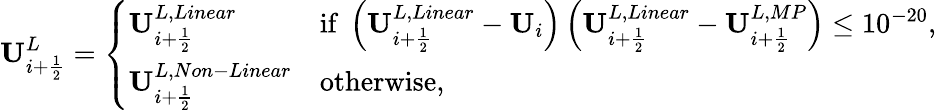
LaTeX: \mathbf{U}_{i+\frac{1}{2}}^{L}=\left\{ \begin{array}{ll}{\mathbf{U}_{i+\frac{1}{2}}^{L,Linear}}&{\mathrm{if~}\left(\mathbf{U}_{i+\frac{1}{2}}^{L,Linear}-\mathbf{U}_{i}\right)\left(\mathbf{U}_{i+\frac{1}{2}}^{L,Linear}-\mathbf{U}_{i+\frac{1}{2}}^{L,MP}\right)\leq 10^{-20},}\\ {\mathbf{U}_{i+\frac{1}{2}}^{L,Non-Linear}}&{\mathrm{otherwise},}\end{array}\right.